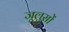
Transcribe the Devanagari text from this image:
जूलुसों